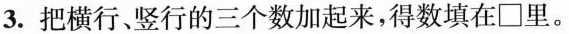
3.把横行、竖行的三个数加起来，得数填在\square 里。